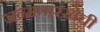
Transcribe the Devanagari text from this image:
जन्मतारखेची